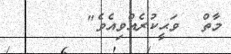
މާތް  ވަޙީކުރެއްވިއެވެ"